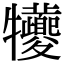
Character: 犪